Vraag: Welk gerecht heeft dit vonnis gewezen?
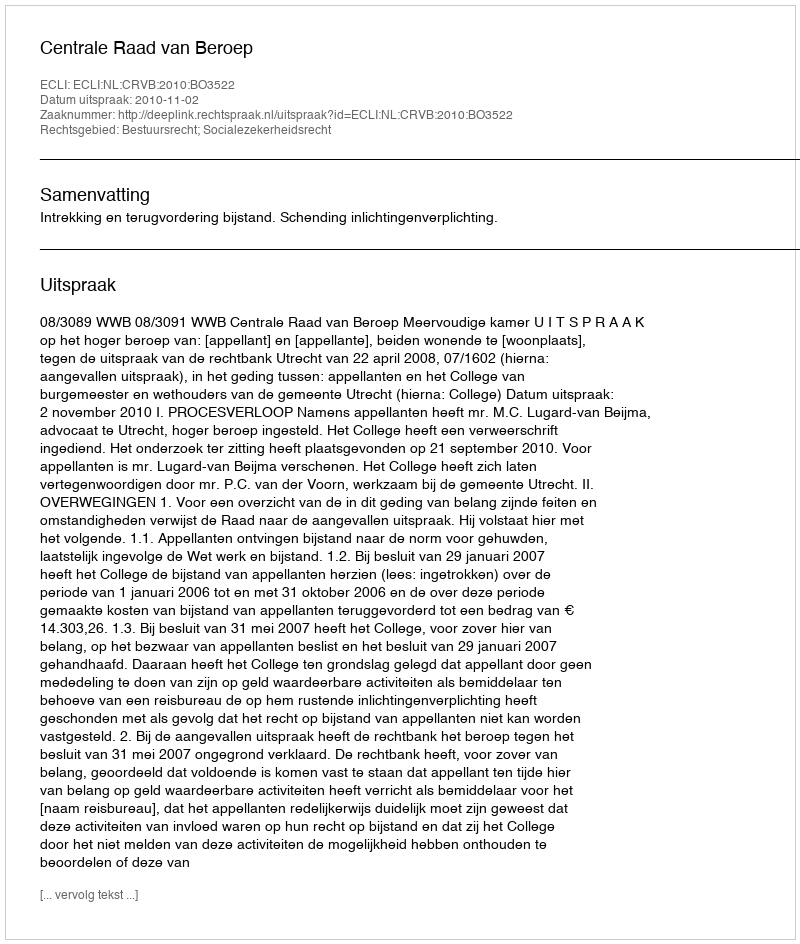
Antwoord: Centrale Raad van Beroep